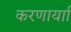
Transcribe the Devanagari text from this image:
करणार्याा